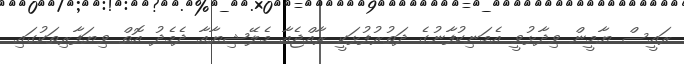
ރައީސް ޔާމީން ވިދާޅުވީ އެމަނިކުފާނުގެ ދަތުރުފުޅަކީ ރާއްޖެއާ މެލޭޝިޔާއާ ދެމެދު އޮތް ވިޔަފާރިތަކުގައި